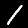
Digit: 1